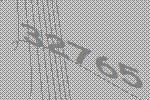
32765